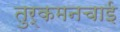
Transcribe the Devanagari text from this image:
तुर्कमनचाई